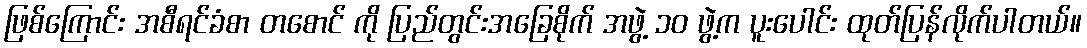
ဖြစ်ကြောင်း အစီရင်ခံစာ တစောင် ကို ပြည်တွင်းအခြေစိုက် အဖွဲ့ ၁ဝ ဖွဲ့က ပူးပေါင်း ထုတ်ပြန်လိုက်ပါတယ်။